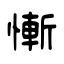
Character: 慚